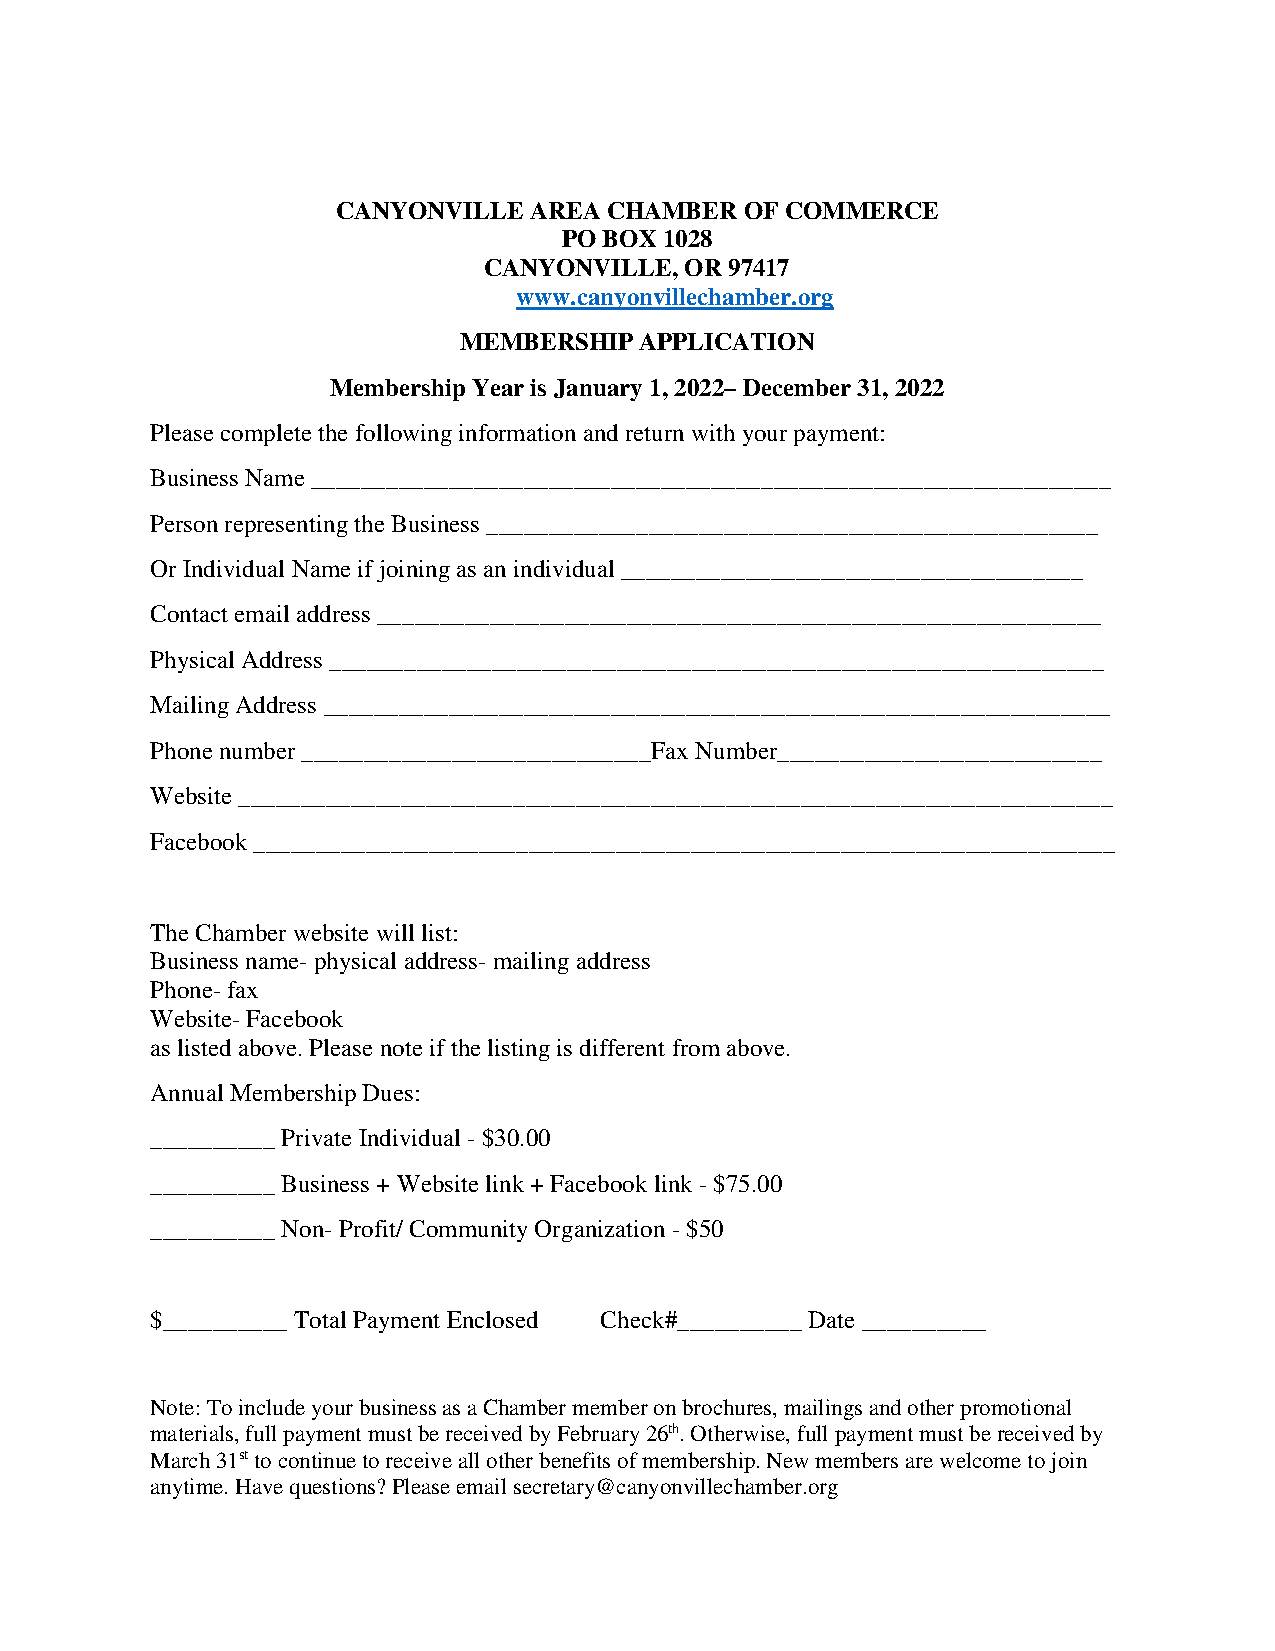
CANYONVILLE  AREA CHAMBER  OF COMMERCE
 PO BOX 1028
 CANYONVILLE, OR 97417
 www.canyonvillechamber.org
 MEMBERSHIP  APPLICATION
 Membership Year is January 1, 2022– December 31, 2022
 Please complete the following information and return with your payment:
 Business Name ________________________________________________________________
 Person representing the Business _________________________________________________
 Or Individual Name if joining as an individual _____________________________________
 Contact email address __________________________________________________________
 Physical Address ______________________________________________________________
 Mailing Address _______________________________________________________________
 Phone number ____________________________Fax Number__________________________
 Website ______________________________________________________________________
 Facebook _____________________________________________________________________
 The Chamber website will list:
 Business name- physical address- mailing address
 Phone- fax
 Website- Facebook
 as listed above. Please note if the listing is different from above.
 Annual Membership Dues:
 __________ Private Individual - $30.00
 __________ Business + Website link + Facebook link - $75.00
 __________ Non- Profit/ Community Organization - $50
 $__________ Total Payment Enclosed Check#__________ Date __________
 Note: To include your business as a Chamber member on brochures, mailings and other promotional
 materials, full payment must be received by February 26th. Otherwise, full payment must be received by
 March 31st to continue to receive all other benefits of membership. New members are welcome to join
 anytime. Have questions? Please email secretary@canyonvillechamber.org